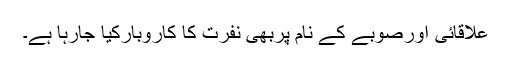
علاقائی اورصوبے کے نام پربھی نفرت کا کاروبارکیا جارہا ہے۔